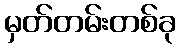
မှတ်တမ်းတစ်ခု